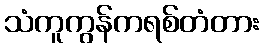
သံကူကွန်ကရစ်တံတား